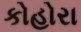
કોહોરા